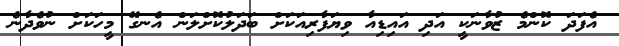
އެފަދަ ކޮންމެ ޒުވާނަކީ އަދި އައިޑިއާ ވިޔަފާރިއަކަށް ބަދަލުކޮށްލަން އެނގޭ މީހަކަށް ނުވެދާނެ